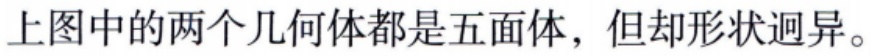
上图中的两个几何体都是五面体，但却形状迥异。